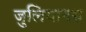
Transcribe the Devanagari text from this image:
जुलियानस